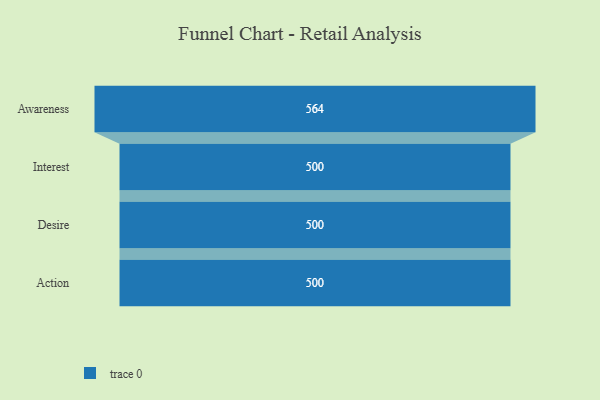
{"axis": {"x": "Stage", "y": "Value"}, "legend": [""], "data": [{"x": "Awareness", "y": 564.0, "type": ""}, {"x": "Interest", "y": 500, "type": ""}, {"x": "Desire", "y": 500, "type": ""}, {"x": "Action", "y": 500, "type": ""}]}